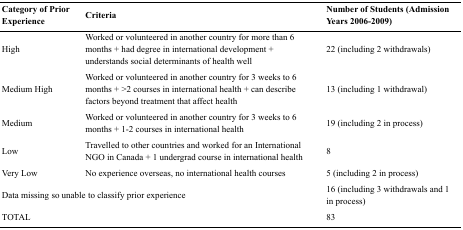
<table><thead><tr><td><b>Category of Prior Experience</b></td><td><b>Criteria</b></td><td><b>Number of Students (Admission Years 2006-2009)</b></td></tr></thead><tbody><tr><td>High</td><td>Worked or volunteered in another country for more than 6 months + had degree in international development + understands social determinants of health well</td><td>22 (including 2 withdrawals)</td></tr><tr><td>Medium High</td><td>Worked or volunteered in another country for 3 weeks to 6 months + &gt;2 courses in international health + can describe factors beyond treatment that affect health</td><td>13 (including 1 withdrawal)</td></tr><tr><td>Medium</td><td>Worked or volunteered in another country for 3 weeks to 6 months + 1-2 courses in international health</td><td>19 (including 2 in process)</td></tr><tr><td>Low</td><td>Travelled to other countries and worked for an International NGO in Canada + 1 undergrad course in international health</td><td>8</td></tr><tr><td>Very Low</td><td>No experience overseas, no international health courses</td><td>5 (including 2 in process)</td></tr><tr><td colspan="2">Data missing so unable to classify prior experience</td><td>16 (including 3 withdrawals and 1 in process)</td></tr><tr><td colspan="2">TOTAL</td><td>83</td></tr></tbody></table>